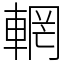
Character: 輞